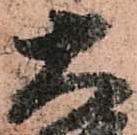
大